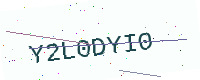
Text: Y2L0DYI0